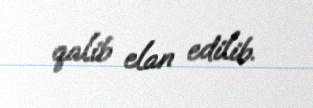
qalib elan edilib.